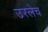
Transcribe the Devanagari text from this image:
उरलेच